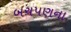
બચપણના